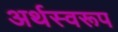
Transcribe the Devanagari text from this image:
अर्थस्वरूप